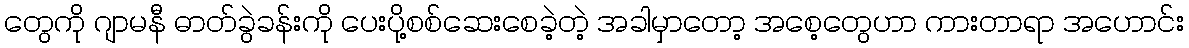
တွေကို ဂျာမနီ ဓာတ်ခွဲခန်းကို ပေးပို့စစ်ဆေးစေခဲ့တဲ့ အခါမှာတော့ အစေ့တွေဟာ ကားတာရာ အဟောင်း